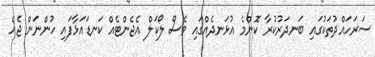
ސަރަހައްދުތަކުގައި ބަނދަރުކުރާ ކޮންމެ އުޅަނދެއްގައި ވެސް ލޯކަލް އެޖެންޓެއް ކަނޑައަޅާފައި ހުންނަން ޖެހެ